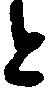
と